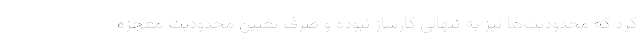
کرد که محدودیت‌ها نیز به تنهایی کارساز نبوده و صرف تعیین محدودیت معجزه